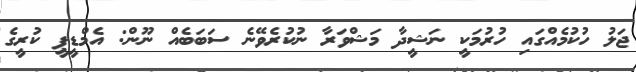
ޖަލު ހުކުމެއްގައި ހުރުމަކީ ނަޝީދާ މަޝްވަރާ ނުކުރެވޭނެ ސަބަބެއް ނޫން: އެމްޑީޕީ ކުރީގެ